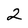
Character: 2